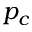
p _ { c }